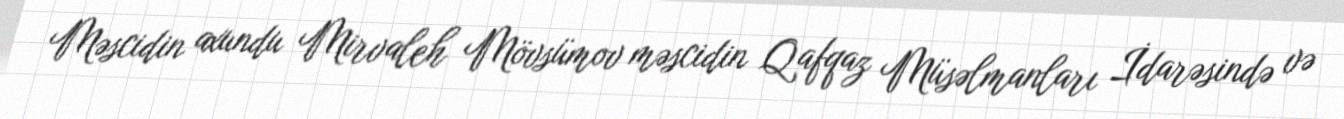
Məscidin axundu Mirvaleh Mövsümov məscidin Qafqaz Müsəlmanları İdarəsində və